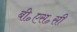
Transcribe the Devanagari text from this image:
बी॰एस॰सी